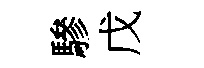
驂戊